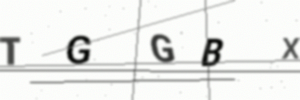
Text: TGGBX